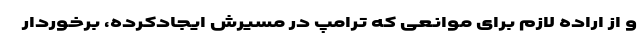
و از اراده لازم برای موانعی که ترامپ در مسیرش ایجادکرده، برخوردار